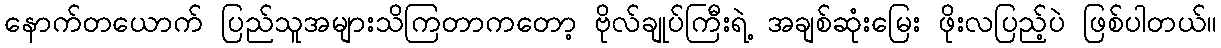
နောက်တယောက် ပြည်သူအများသိကြတာကတော့ ဗိုလ်ချုပ်ကြီးရဲ့ အချစ်ဆုံးမြေး ဖိုးလပြည့်ပဲ ဖြစ်ပါတယ်။